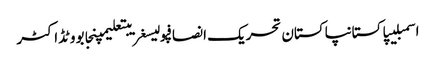
اسمبلیپاکستانپاکستان تحریک انصافپولیسغریبتعلیمپنجابووٹڈاکٹر